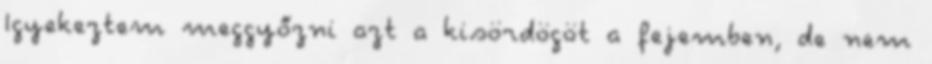
Igyekeztem meggyőzni azt a kisördögöt a fejemben, de nem